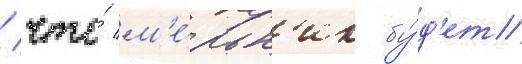
/ что́ м'е́льн'ик бу́д'ет